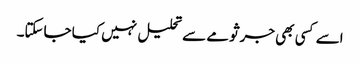
اسے کسی بھی جرثومے سے تحلیل نہیں کیا جاسکتا۔